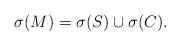
LaTeX: \begin{align*}\sigma(M) =\sigma(S) \cup\sigma(C).\end{align*}